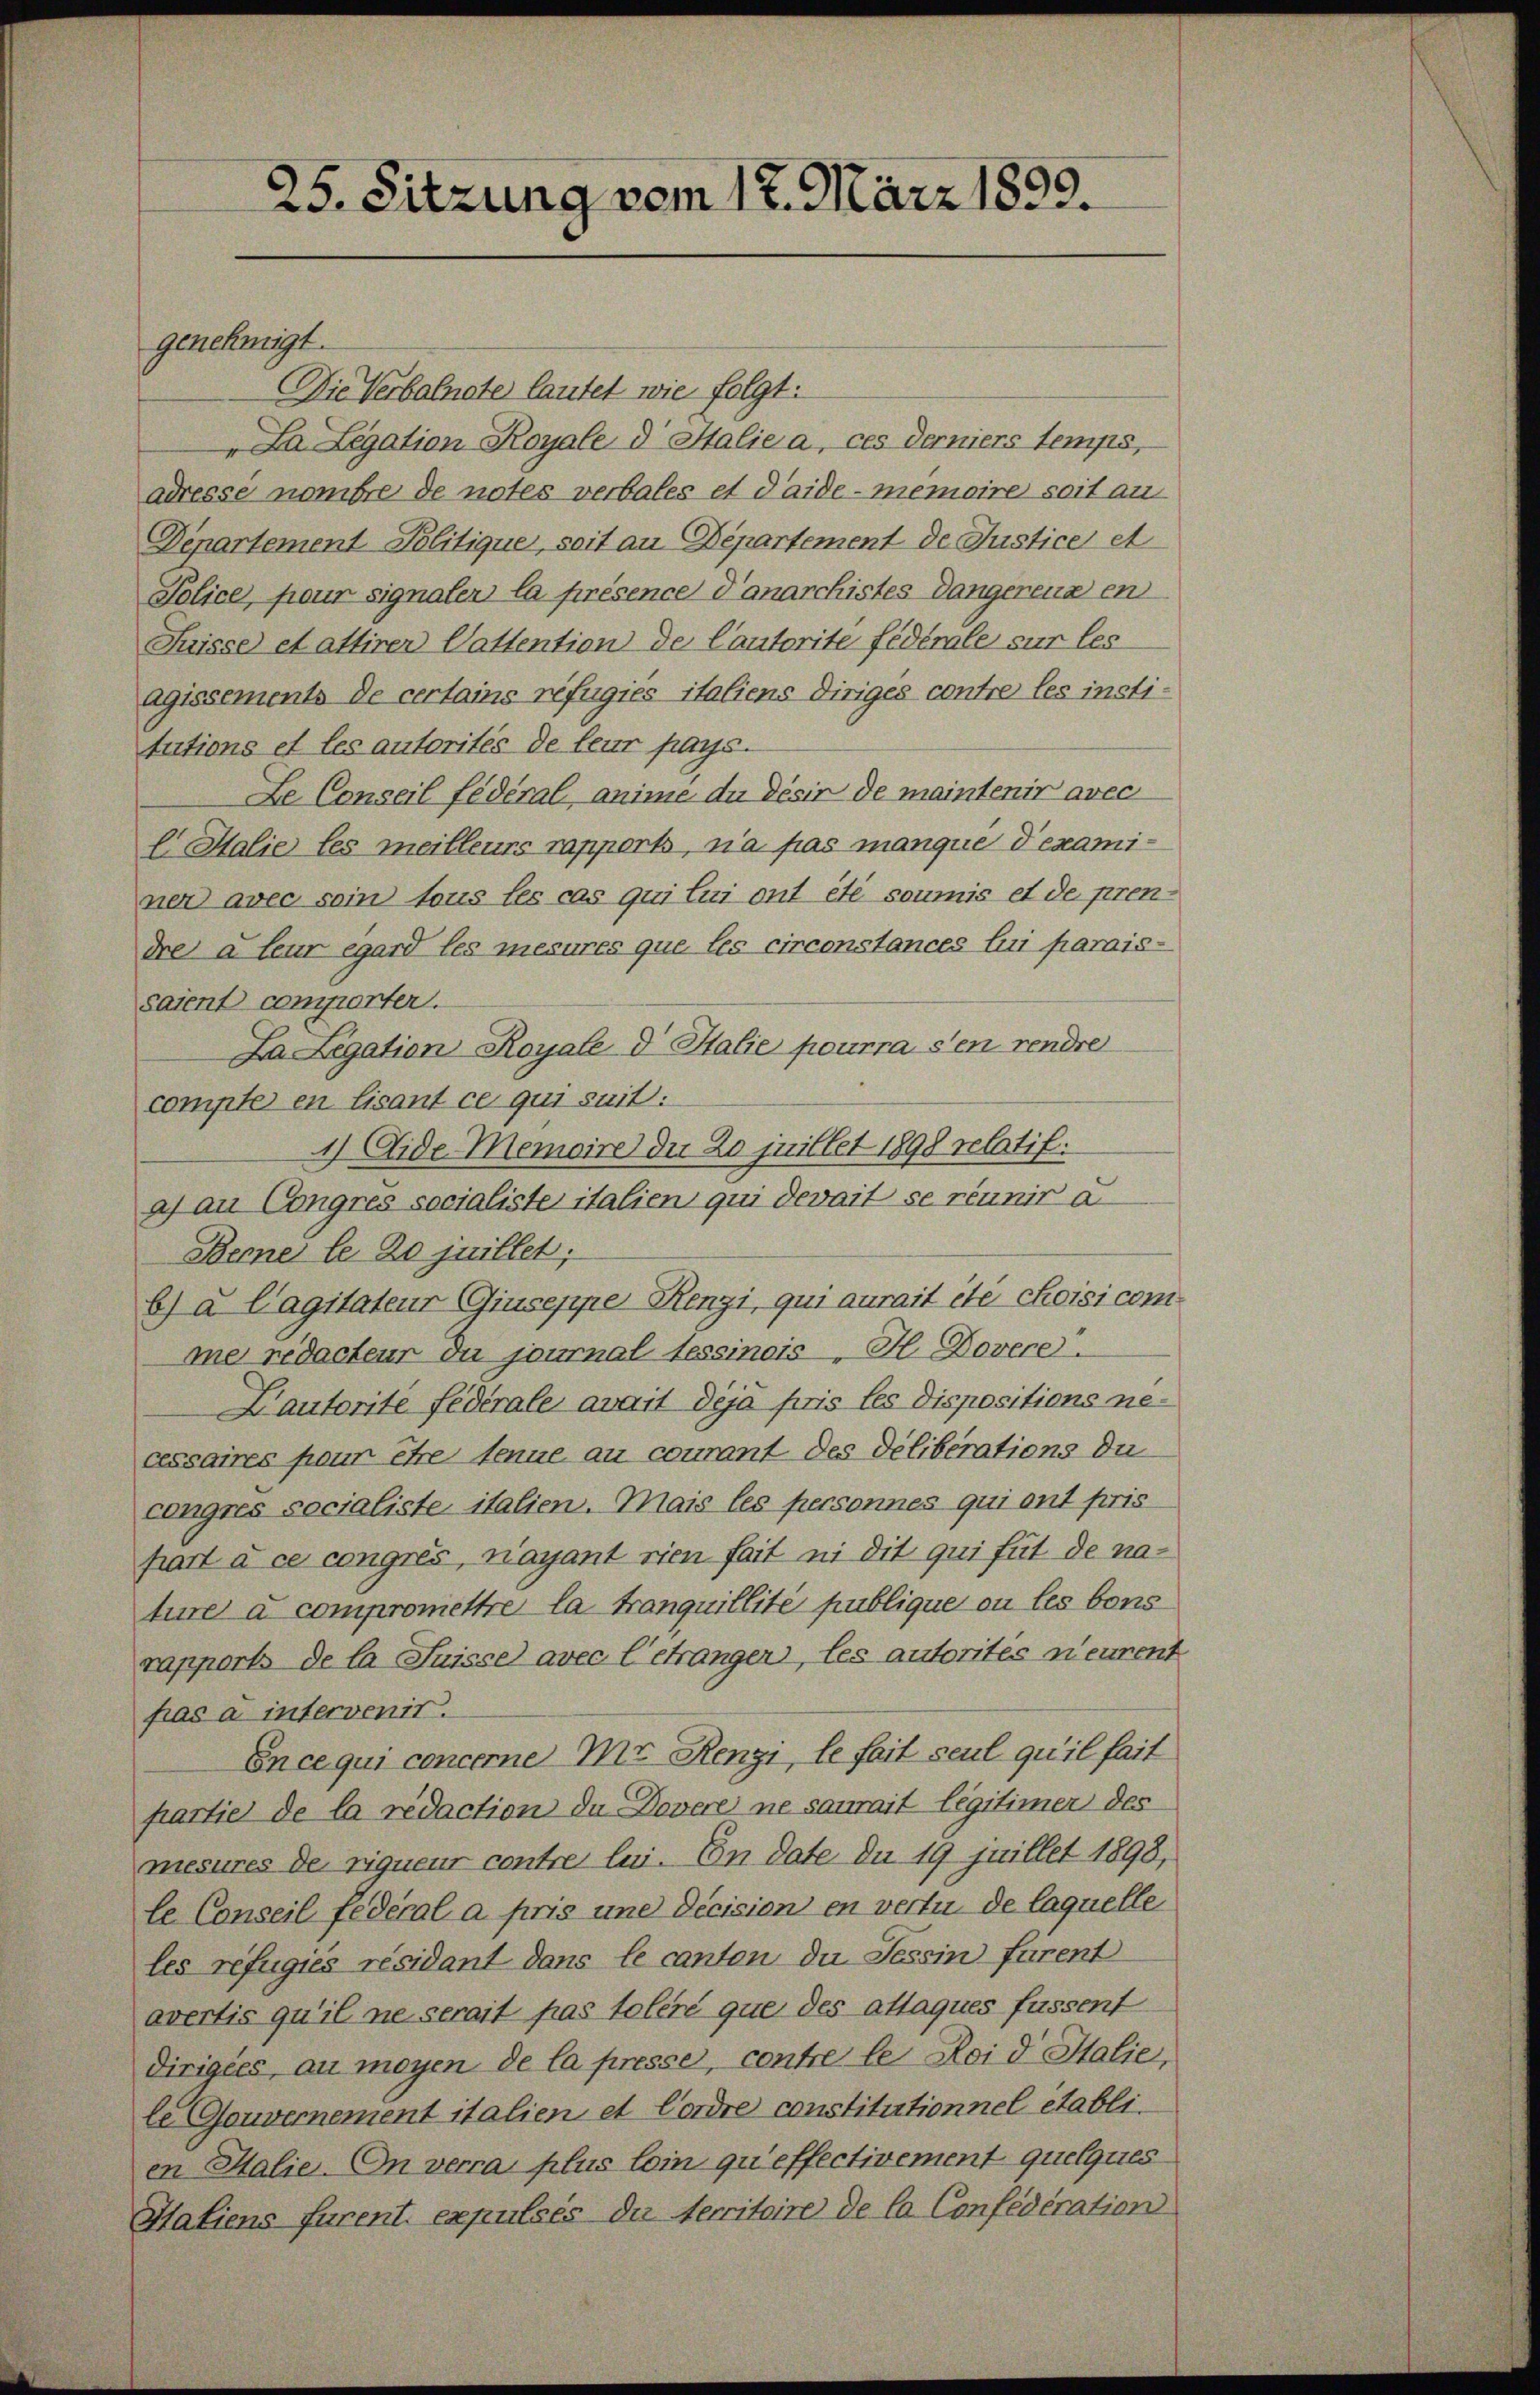
25. Sitzung vom 17. März 1890.

genehmigt.
Die Verbalnete lautet wie folgt:
"La Legation Royale d Italie a ces derniers temps,
adresse nombre de notes verbales et daide-Memoire soit an¬
Departement Politique, soit an Departement de Justice et
Police, pour signaler la présence danarchistes Dangerenz en
Suisse et attirer Vattention de Cautorite fédérale sur les
agissements de certains refugies italiens diriges contre les insti-
tutions et les autorités de leur pays.
Le Conseil fédéral, anime du désir de maintenir avec
E Salie les meilleurs rapperts, n’a pas manque d’examiner avec soin tous les cas qui lui ont été soumis et de pren
dre à leur egard les mesures que les circonstances lui parais-
saient comporter.
La Legation Royale d Italie pourra s’en rendre
compte en Lisant ce qui suit:
1) Aide-Memoire du 20 juillet 1898 relatif.
a) an Congres socialiste italien qui devait se réunir a
Berne le 20 juillet,
b) à Cagitateur Giuseppe Renzi, qui aurait été choisi com
me redacteur du journal tessinois H. Dovere.
Dautorite fédérale avait déjà pris les Dispositions necessaires pour être tenue au courant des Deliberations du
congres socialiste italien. Mais les personnes qui ont pris
part à ce congrés, nayant rien fait ni dit qui fut de natiner à compromettre la tranquillité publique ou les bons
rapports de la Suisse avec l’étranger, les autorités meurent
fras à intervenir.
En ce qui concerne Mit Renzi, le fait seul qu’il fait
partie de la redaction du Dovere ne saurait legitimen des
mesures de rigueur contre lui. In date du 19 juillet 1898,
le Conseil fédéral a pris une decision en vertu de laquelle
les refugies résidant dans le canton du Tessin furent
avertis qu’il ne serait pas toléré que des attaques fussent
dirigées, au moyen de la presse, contre le Neid Italie,
le Gouvernement italien et Cordre constitutionnel etabli.
en Halie-On verra plus loin qu’effectivement quelques
Haliens furent expulsés du territoire de la Confédération